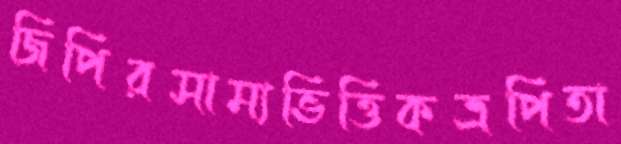
জিপিরসাম্যভিত্তিকত্রপিতা